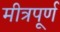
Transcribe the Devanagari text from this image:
मीत्रपूर्ण